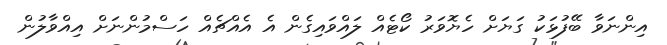
އިންނަވާ ބޭފުޅަކު ގަޔަށް ހެޔޮވަރު ކޯޓެއް ލައްވައިގެން އެ އެއްޗެއް ހަސްމުންނަށް އިއްވާލުން